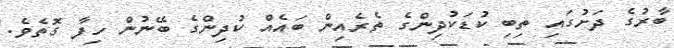
ބާރުގެ ދަށުގައި ތިބި ކުޑަކުދިންގެ ތެރެއިން ބައެއް ކުދިންގެ ބޭނުން ހިފާ ގޮތެވެ.